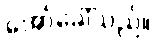
အော်ခေါ်သည်။